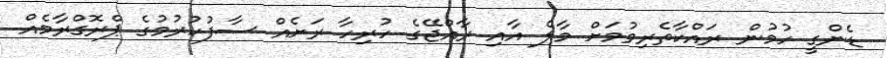
ޑެންގީ ހުމުން ރައްކާތެރިވުމަށް މާލެ އާއި ރާއްޖޭގެ ހުރިހާ ރަށެއް ސާފުކުރުމުގެ ޕްރޮގްރާމެއް